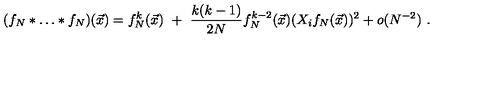
( f _ { N } * \dots * f _ { N } ) ( \vec { x } ) = f _ { N } ^ { k } ( \vec { x } ) \ + \ \frac { k ( k - 1 ) } { 2 N } f _ { N } ^ { k - 2 } ( \vec { x } ) ( X _ { i } f _ { N } ( \vec { x } ) ) ^ { 2 } + o ( N ^ { - 2 } ) \ .